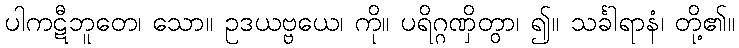
ပါကဋီဘူတေ၊ သော။ ဥဒယဗ္ဗယေ၊ ကို။ ပရိဂ္ဂဏှိတွာ၊ ၍။ သင်္ခါရာနံ၊ တို့၏။